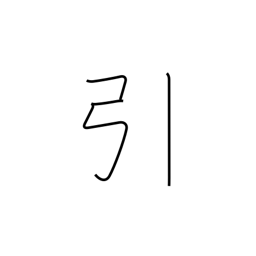
Meaning: pull